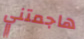
هاجمتني